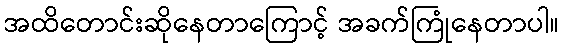
အထိတောင်းဆိုနေတာကြောင့် အခက်ကြုံနေတာပါ။